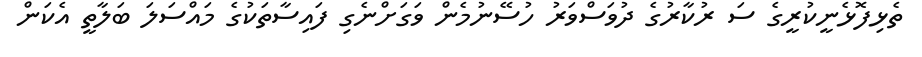
ތެޅިފޮޅެނީކުރީގެ ސަ ރުކާރުގެ ދުވަސްވަރު ހުސޭނުމެން ވަގަށްނެގި ފައިސާތަކުގެ މައްސަލަ ބަލާތީ އެކަން